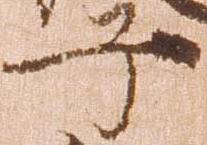
子